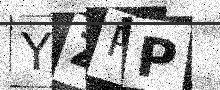
Text: YZPP